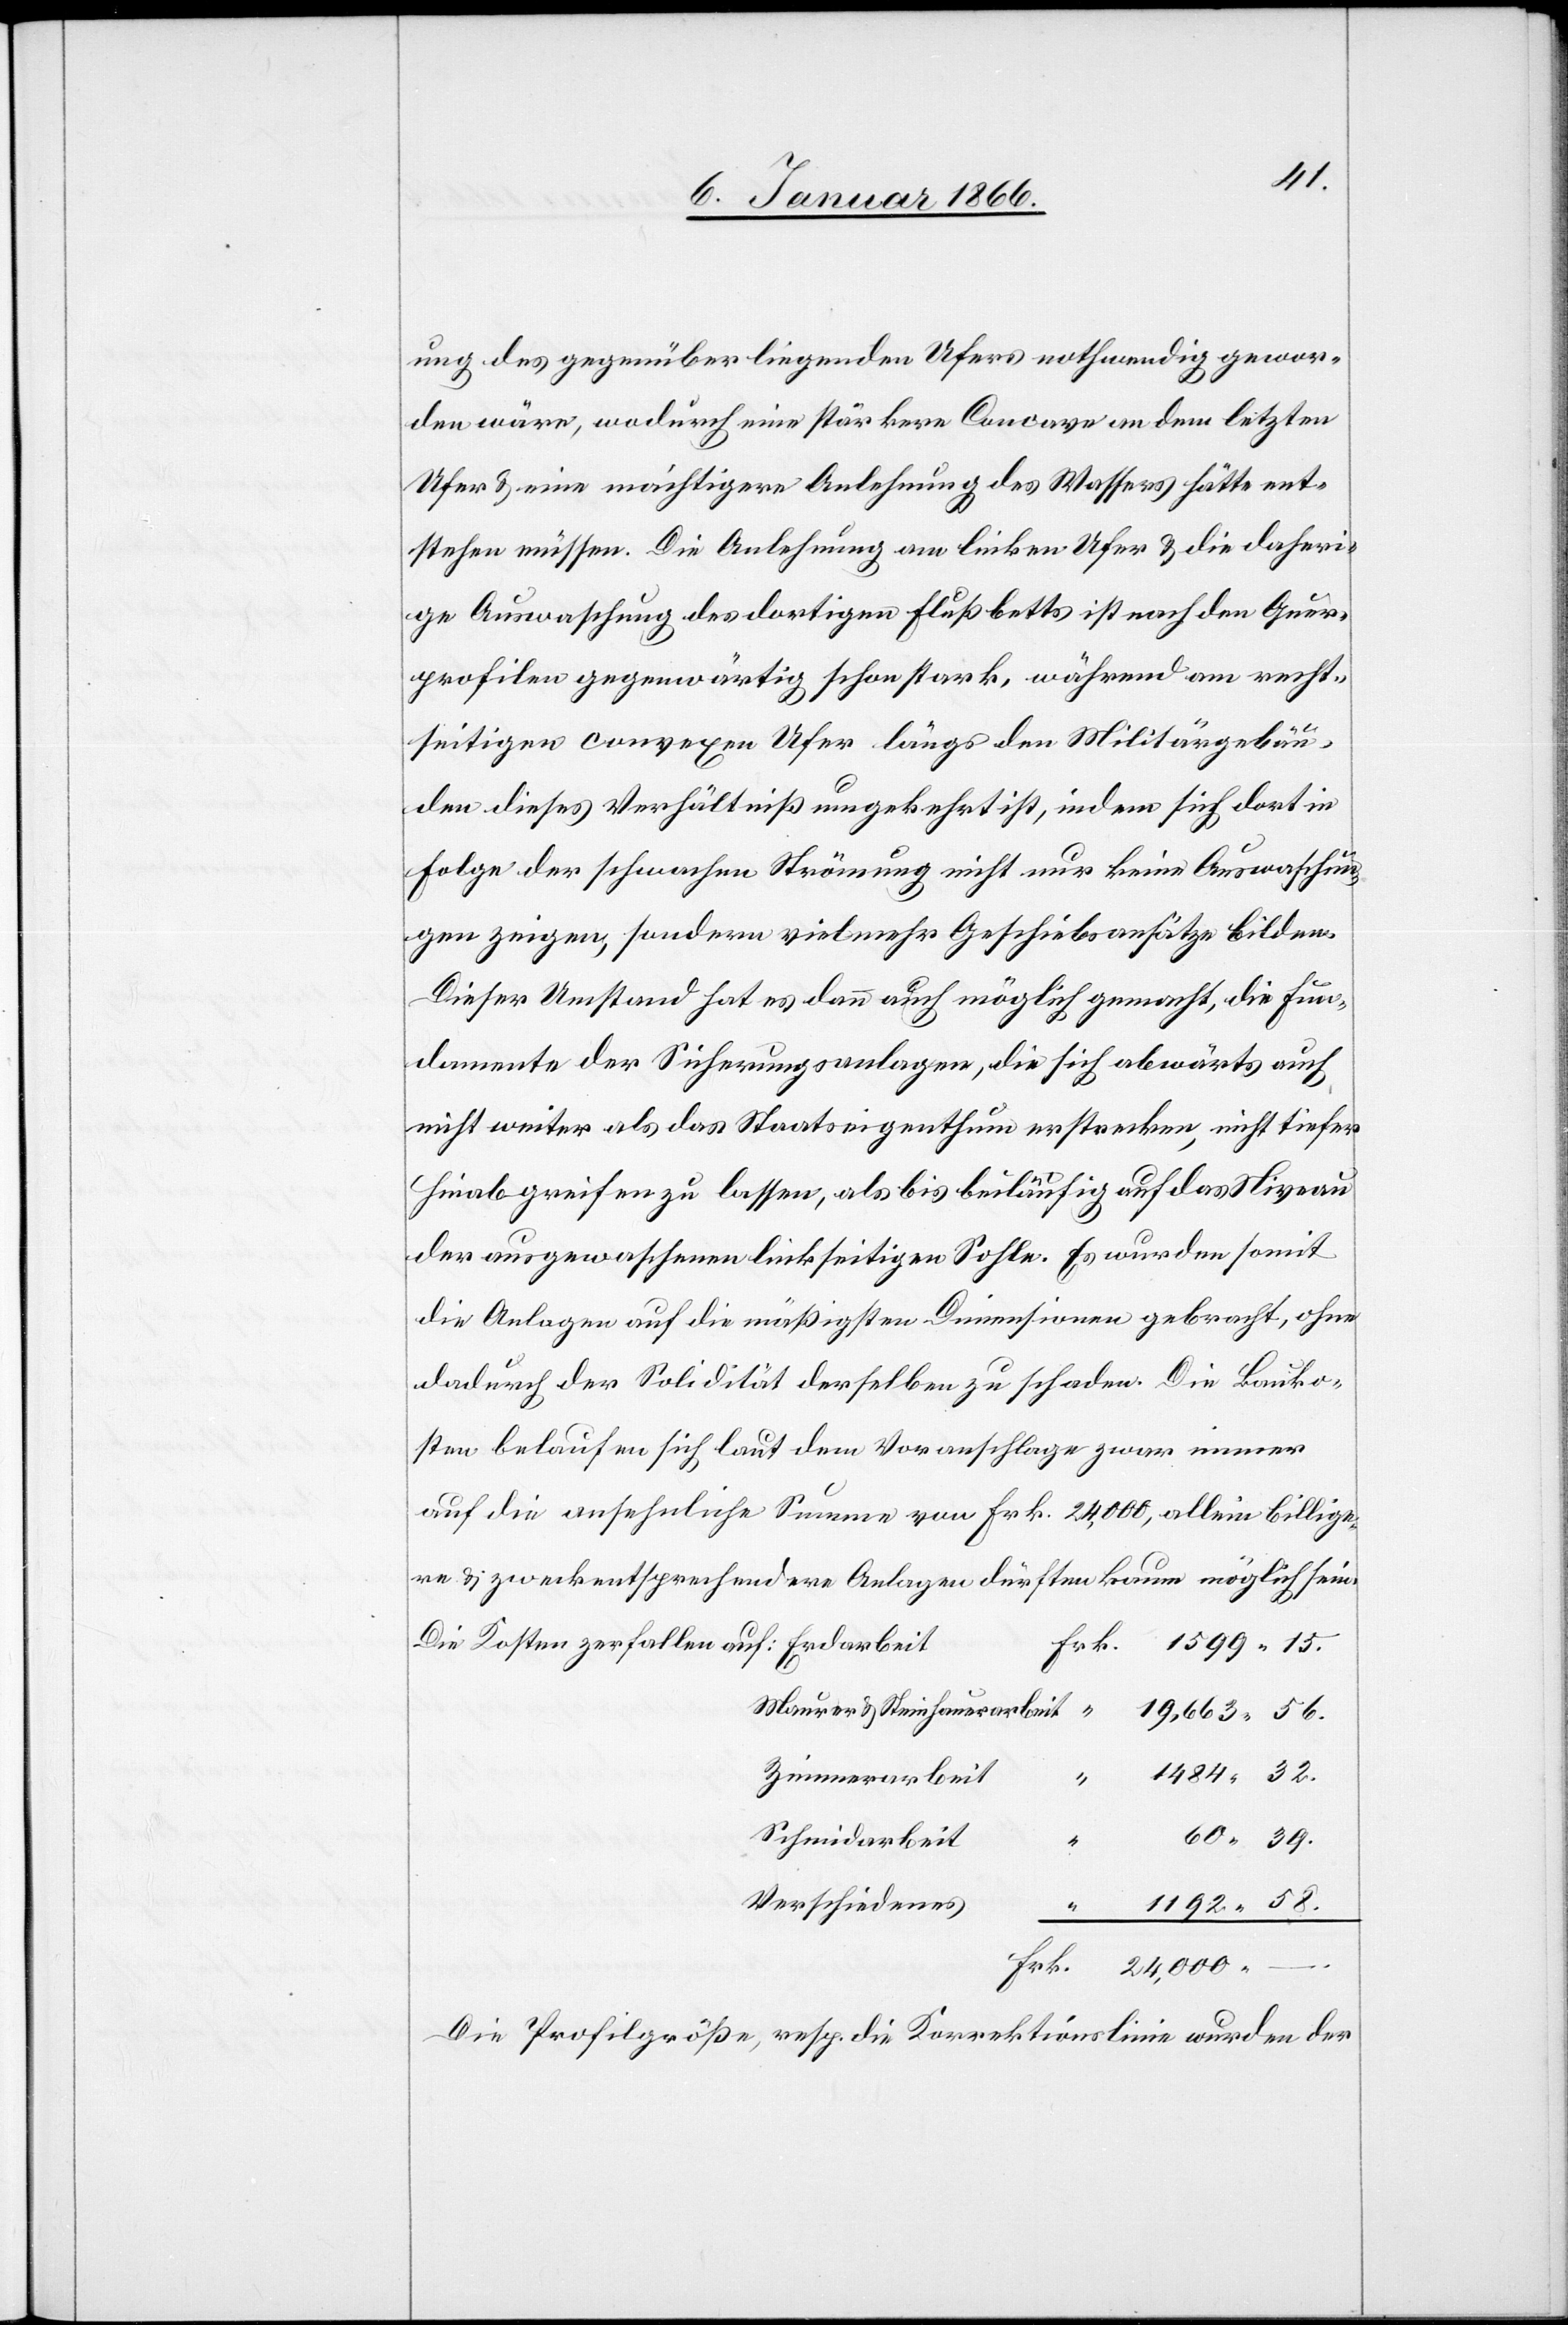
ung des gegenüberliegenden Ufers nothwendig gewor¬
den wäre, wodurch eine stärkere Concave an dem letzten
Ufer u. eine mächtigere Anlehnung des Wassers hätte ent¬
stehen müssen. Die Anlehnung am linken Ufer u. die daheri¬
ge Auswaschung des dortigen Flußbetts ist nach den Quer¬
profilen gegenwärtig schon stark, während am recht¬
seitigen convexen Ufer längs den Militärgebäu¬
den dieses Verhältniß umgekehrt ist, indem sich dort in
Folge der schwachen Strömung nicht nur keine Auswaschun¬
gen zeigen, sondern viel mehr Geschiebsansätze bilden.
Dieser Umstand hat es denn auch möglich gemacht, die Fun¬
damente der Sicherungsanlagen, die sich abwärts auch
nicht weiter als das Staatseigenthum erstrecken, nicht tiefer
hinabgreifen zu lassen, als bis beiläufig auf das Niveau
der ausgewaschenen linkseitigen Sohle. Es wurden somit
die Anlagen auf die mäßigsten Dimensionen gebracht, ohne
dadurch der Solidität derselben zu schaden. Die Bauko¬
sten belaufen sich laut dem Voranschlage zwar immer
auf die ansehnliche Summe von Frk. 24 000, allein billige¬
re u. zweckentsprechendere Anlagen dürften kaum möglich sein.
1484, 32.
56.
60, 39.
arbeit
1192, 58.
Die Profilgröße, resp. die Korrektionslinie wurden der